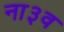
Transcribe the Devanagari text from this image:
ना३व